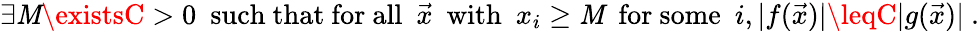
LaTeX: \exists\mathit{M}\existsC>0~{\mathrm{{~such~that~for~all~}}}~{\vec{{x}}}~{\mathrm{{~with~}}}~x_{i}\geq\mathit{M}~{\mathrm{{~for~some~}}}~i,|f({\vec{{x}}})|\leqC|g({\vec{{x}}})|~.